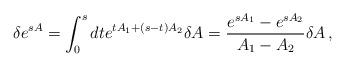
LaTeX: \begin{align*}\delta e^{s A}= \int_0^s dt e^{t A_1+ (s-t)A_2}\delta A = \frac{e^{s A_1}-e^{s A_2}}{A_1-A_2}\delta A \,,\end{align*}